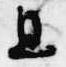
且